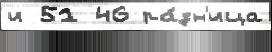
и 51 46 ра́зн'ица